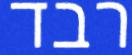
רבד